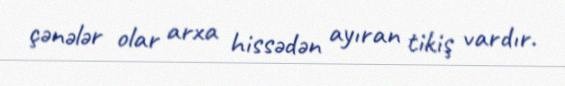
çənələr olar arxa hissədən ayıran tikiş vardır.